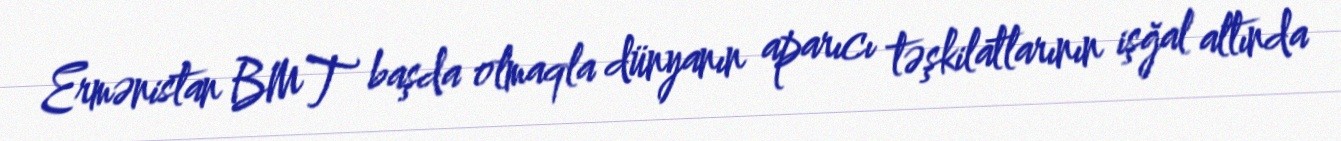
Ermənistan BMT başda olmaqla dünyanın aparıcı təşkilatlarının işğal altında